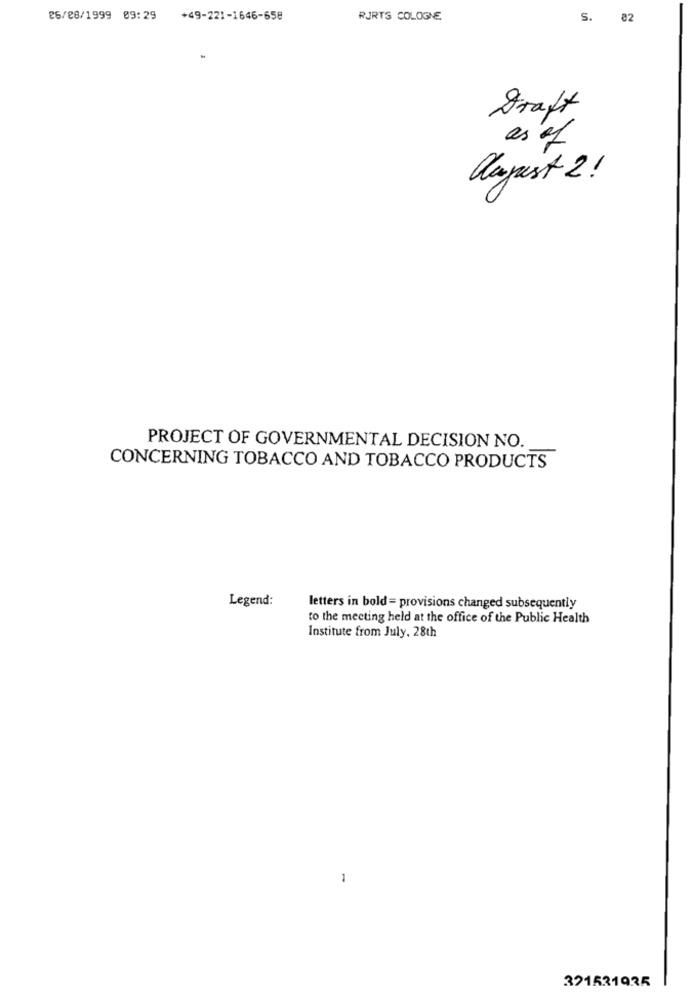
26/28/1999 09:29 +49-221-1646-658
RJRTS COLOGNE
S.
82
Graft
as of
August 2 !
PROJECT OF GOVERNMENTAL DECISION NO.
CONCERNING TOBACCO AND TOBACCO PRODUCTS
Legend:
letters in bold = provisions changed subsequently
to the meeting held at the office of the Public Health
Institute from July, 28th
321531935